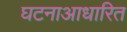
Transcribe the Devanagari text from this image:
घटनाआधारित